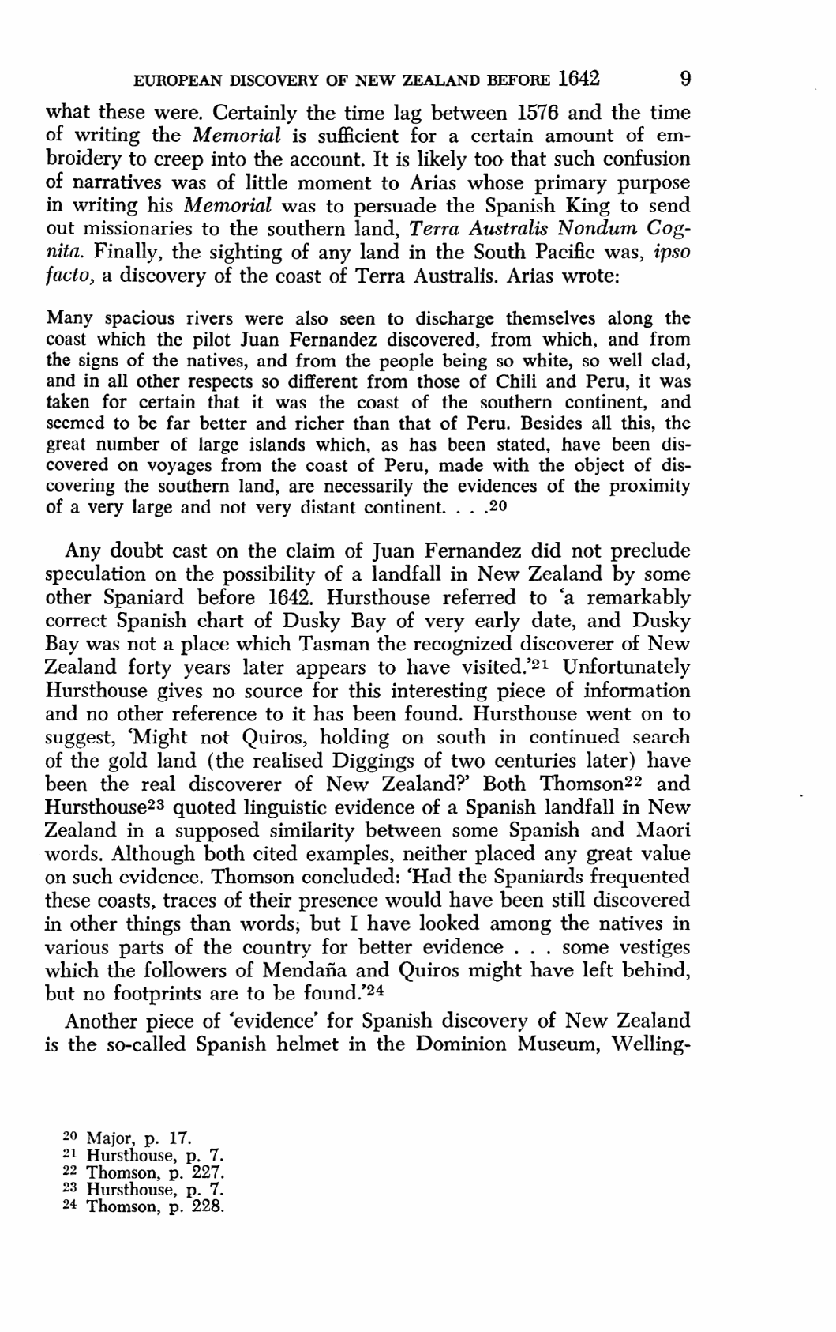
EUROPEAN DISCOVERY OF NEW ZEALAND BEFORE 1642 9
 what these were. Certainly the time lag between 1576 and the time
 of writing the Memorial is sufficient for a certain amount of em-
 broidery to creep into the account. It is likely too that such confusion
 of narratives was of little moment to Arias whose primary purpose
 in writing his Memorial was to persuade the Spanish King to send
 out missionaries to the southern land, Terra Australis Nondum Cog-
 nita. Finally, the sighting of any land in the South Pacific was, ipso
 facto, a discovery of the coast of Terra Australis. Arias wrote:
 Many spacious rivers were also seen to discharge themselves along the
 coast which the pilot Juan Fernandez discovered, from which, and from
 the signs of the natives, and from the people being so white, so well clad,
 and in all other respects so different from those of Chili and Peru, it was
 taken for certain that it was the coast of the southern continent, and
 seemed to be far better and richer than that of Peru. Besides all this, the
 great number of large islands which, as has been stated, have been dis-
 covered on voyages from the coast of Peru, made with the object of dis-
 covering the southern land, are necessarily the evidences of the proximity
 of a very large and not very distant continent. . . .2(>
 Any doubt cast on the claim of Juan Fernandez did not preclude
 speculation on the possibility of a landfall in New Zealand by some
 other Spaniard before 1642. Hursthouse referred to 'a remarkably
 correct Spanish chart of Dusky Bay of very early date, and Dusky
 Bay was not a place which Tasman the recognized discoverer of New
 Zealand forty years later appears to have visited.'21 Unfortunately
 Hursthouse gives no source for this interesting piece of information
 and no other reference to it has been found. Hursthouse went on to
 suggest, 'Might not Quiros, holding on south in continued search
 of the gold land (the realised Diggings of two centuries later) have
 been the real discoverer of New Zealand?' Both Thomson 22 and
 Hursthouse23 quoted linguistic evidence of a Spanish landfall in New
 Zealand in a supposed similarity between some Spanish and Maori
 words. Although both cited examples, neither placed any great value
 on such evidence. Thomson concluded: 'Had the Spaniards frequented
 these coasts, traces of their presence would have been still discovered
 in other things than words; but I have looked among the natives in
 various parts of the country for better evidence . . . some vestiges
 which the followers of Mendana and Quiros might have left behind,
 but no footprints are to be found.'24
 Another piece of 'evidence' for Spanish discovery of New Zealand
 is the so-called Spanish helmet in the Dominion Museum, Welling-
 20 Major, p. 17.
 21 Hursthouse, p. 7.
 22 Thomson, p. 227.
 23 Hursthouse, p. 7.
 2* Thomson, p. 228.